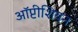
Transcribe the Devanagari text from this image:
ऑप्टीशियन